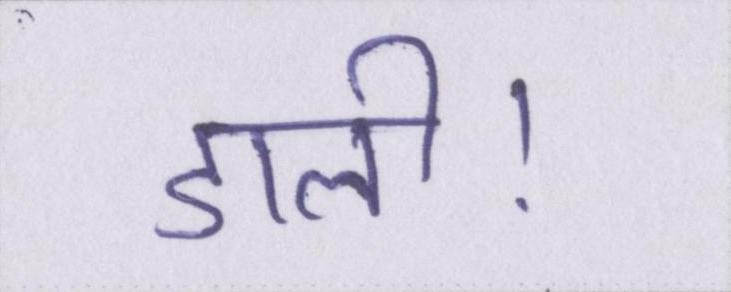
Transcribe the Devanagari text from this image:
डाली।